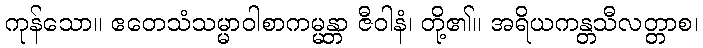
ကုန်သော။ ဧတေသံသမ္မာဝါစာကမ္မန္တာ ဇီဝါနံ၊ တို့၏။ အရိယကန္တသီလတ္တာစ၊